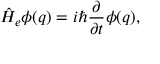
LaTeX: \hat { H } _ { e } \phi ( q ) = i \hbar \frac { \partial } { \partial t } \phi ( q ) ,